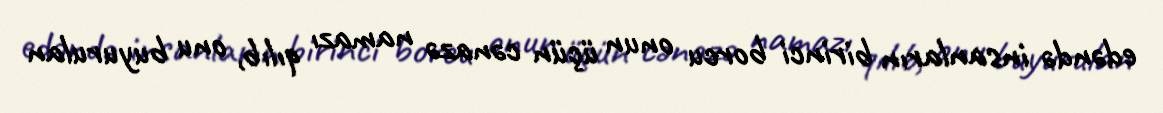
edəndə insanların birinci borcu onun üçün cənazə namazı qılıb, onu buyurulan